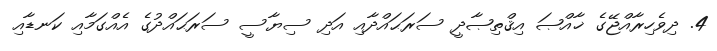
4. ދިވެހިރާއްޖޭގެ ޚާއްޞަ އިޤްތިޞާދީ ސަރަޙައްދާއި އަދި ސިޔާސީ ސަރަޙައްދުގެ އެއްގަމާއި ކަނޑާއި